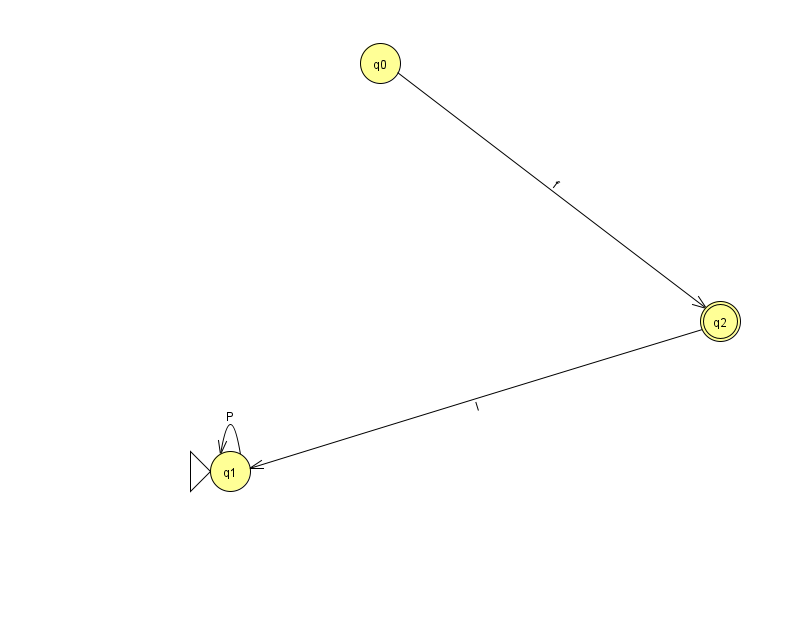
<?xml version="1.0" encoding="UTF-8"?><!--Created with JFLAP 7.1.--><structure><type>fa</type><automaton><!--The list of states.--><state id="0" name="q0"><x>380.0</x><y>50.0</y></state><state id="1" name="q1"><x>230.0</x><y>458.0</y><initial/></state><state id="2" name="q2"><x>720.0</x><y>308.0</y><final/></state><!--The list of transitions.--><transition><from>1</from><to>1</to><read>P</read></transition><transition><from>2</from><to>1</to><read>l</read></transition><transition><from>0</from><to>2</to><read>f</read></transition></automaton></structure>